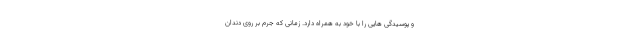
و پوسیدگی هایی را با خود به همراه دارد. زمانی که جرم بر روی دندان